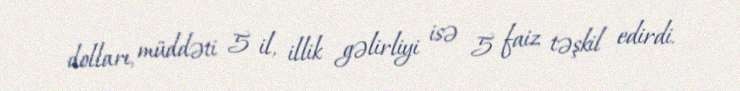
dolları, müddəti 5 il, illik gəlirliyi isə 5 faiz təşkil edirdi.